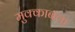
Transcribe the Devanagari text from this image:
मुक्काबला